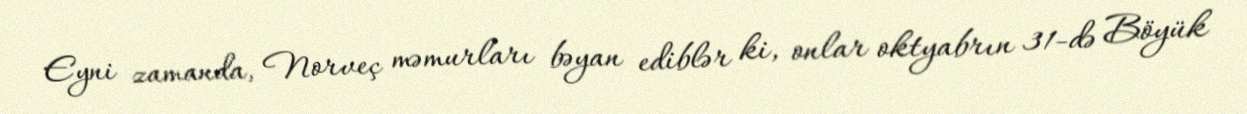
Eyni zamanda, Norveç məmurları bəyan ediblər ki, onlar oktyabrın 31-də Böyük